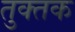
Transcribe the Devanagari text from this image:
तुक्तक